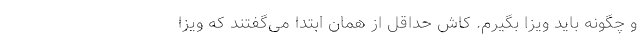
و چگونه باید ویزا بگیرم. کاش حداقل از همان ابتدا می‌گفتند که ویزا